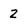
Character: Z